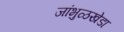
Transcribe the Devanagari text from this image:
जांभुळखेडा